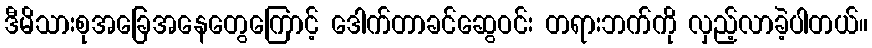
ဒီမိသားစုအခြေအနေတွေကြောင့် ဒေါက်တာခင်ဆွေဝင်း တရားဘက်ကို လှည့်လာခဲ့ပါတယ်။